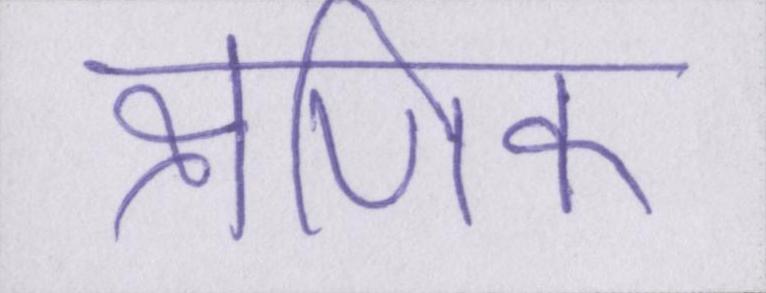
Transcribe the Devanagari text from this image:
क्षणिक